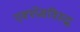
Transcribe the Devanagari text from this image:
एक्स्प्रेसविरुद्ध